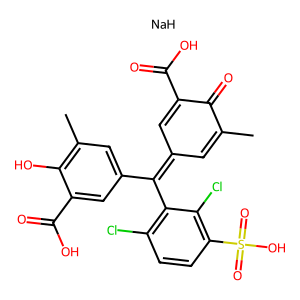
SMILES: CC1=CC(=C(c2cc(C)c(O)c(C(=O)O)c2)c2c(Cl)ccc(S(=O)(=O)O)c2Cl)C=C(C(=O)O)C1=O.[NaH]
Inhibits HIV replication: Yes